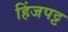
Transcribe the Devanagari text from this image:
हिंजपट्ट